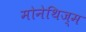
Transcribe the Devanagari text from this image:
मोनेथिज्म